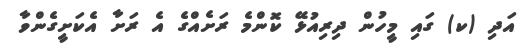
އަދި (ކ) ގައި މީހުން ދިރިއުޅޭ ކޮންމެ ރަށެއްގެ އެ ރަށާ އެކަށީގެންވާ